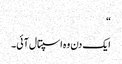
“
ایک دن وہ اسپتال آئی۔